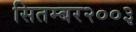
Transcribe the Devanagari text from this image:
सितम्बर२००३